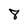
Character: 8